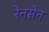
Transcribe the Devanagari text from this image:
रेनसेन